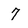
Character: 7